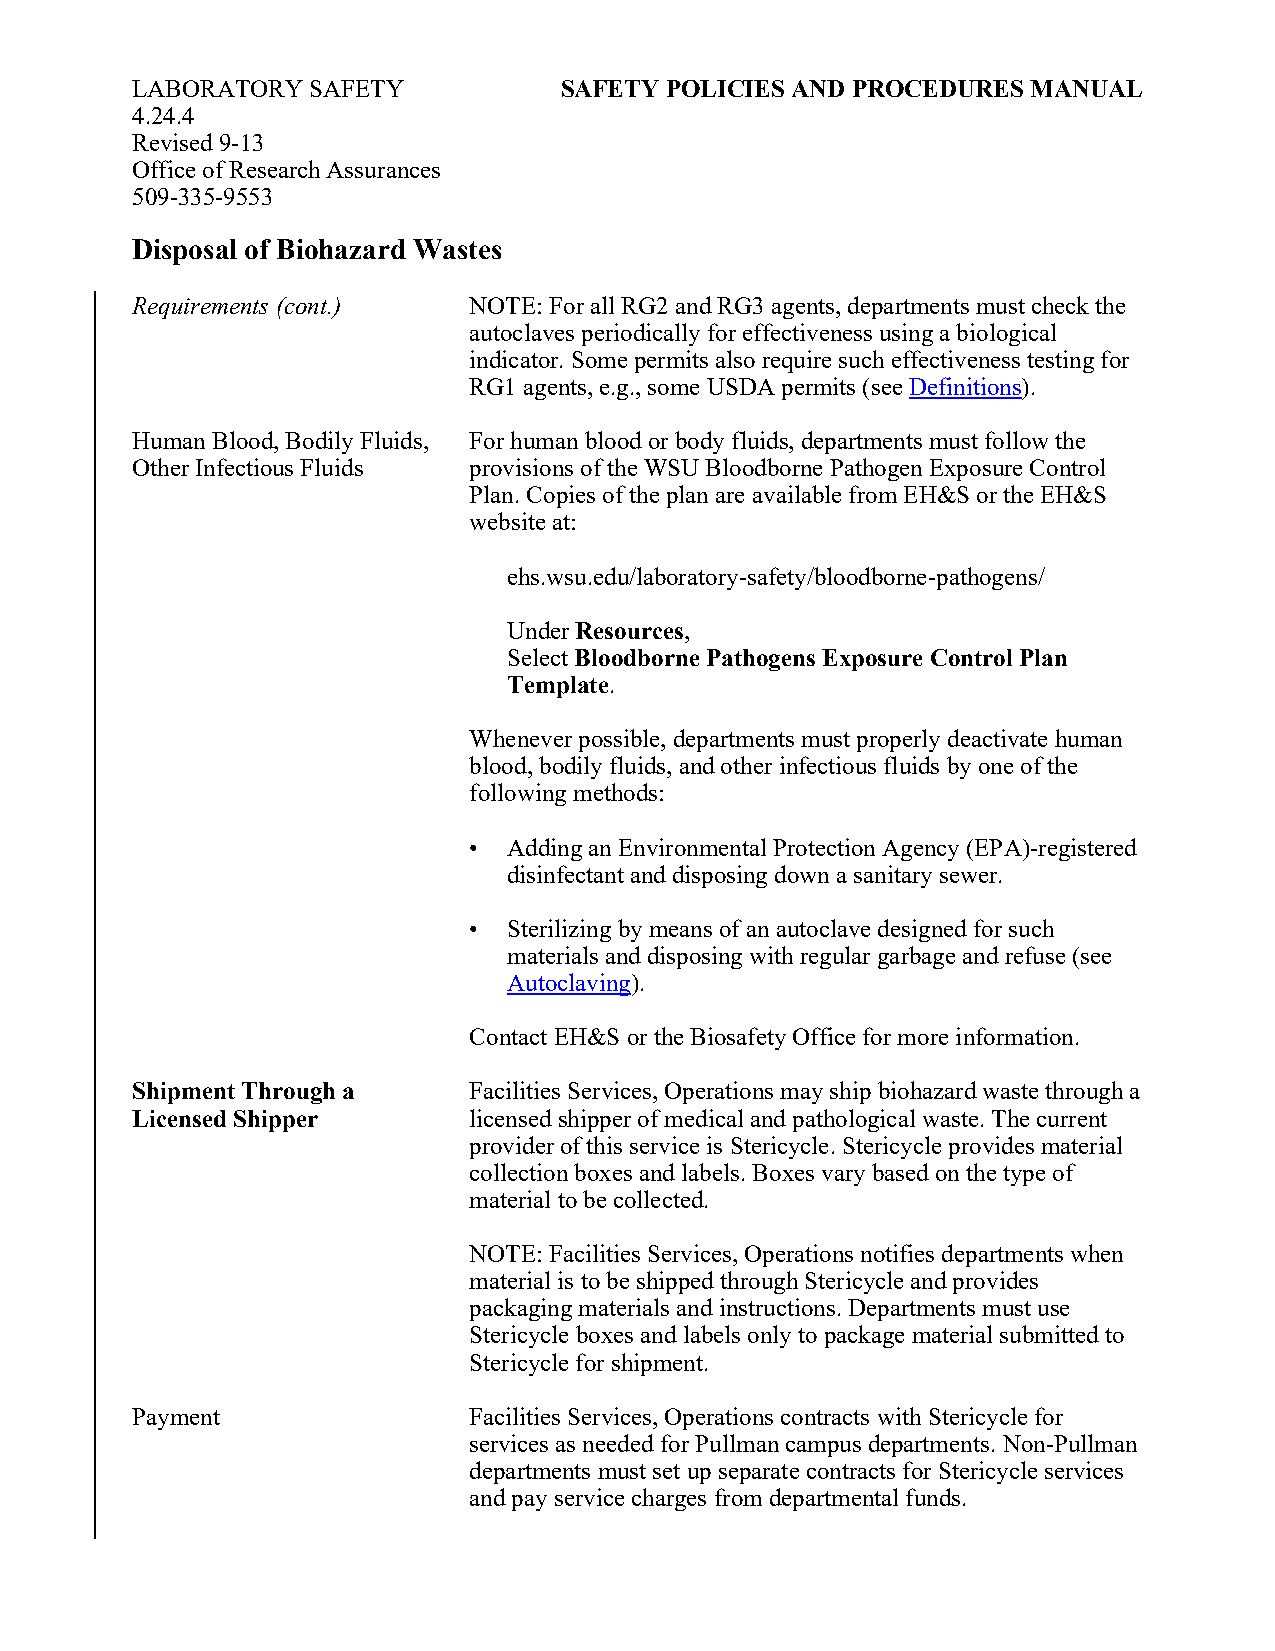
LABORATORY SAFETY           SAFETY POLICIES AND PROCEDURES MANUAL
 4.24.4
 Revised 9-13
 Office of Research Assurances
 509-335-9553
 Disposal of Biohazard Wastes
 Requirements (cont.)  NOTE: For all RG2 and RG3 agents, departments must check the
 autoclaves periodically for effectiveness using a biological
 indicator. Some permits also require such effectiveness testing for
 RG1 agents, e.g., some USDA permits (see Definitions).
 Human Blood, Bodily Fluids, For human blood or body fluids, departments must follow the
 Other Infectious Fluids provisions of the WSU Bloodborne Pathogen Exposure Control
 Plan. Copies of the plan are available from EH&S or the EH&S
 website at:
 ehs.wsu.edu/laboratory-safety/bloodborne-pathogens/
 Under Resources,
 Select Bloodborne Pathogens Exposure Control Plan
 Template.
 Whenever possible, departments must properly deactivate human
 blood, bodily fluids, and other infectious fluids by one of the
 following methods:
 •  Adding an Environmental Protection Agency (EPA)-registered
 disinfectant and disposing down a sanitary sewer.
 •  Sterilizing by means of an autoclave designed for such
 materials and disposing with regular garbage and refuse (see
 Autoclaving).
 Contact EH&S or the Biosafety Office for more information.
 Shipment Through a    Facilities Services, Operations may ship biohazard waste through a
 Licensed Shipper      licensed shipper of medical and pathological waste. The current
 provider of this service is Stericycle. Stericycle provides material
 collection boxes and labels. Boxes vary based on the type of
 material to be collected.
 NOTE: Facilities Services, Operations notifies departments when
 material is to be shipped through Stericycle and provides
 packaging materials and instructions. Departments must use
 Stericycle boxes and labels only to package material submitted to
 Stericycle for shipment.
 Payment               Facilities Services, Operations contracts with Stericycle for
 services as needed for Pullman campus departments. Non-Pullman
 departments must set up separate contracts for Stericycle services
 and pay service charges from departmental funds.